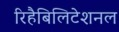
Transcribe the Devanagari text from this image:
रिहैबिलिटेशनल